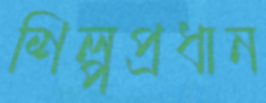
শিল্পপ্রধান